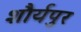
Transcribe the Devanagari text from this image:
शौर्यपुर